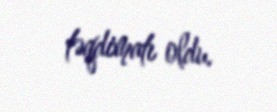
təqdimatı oldu.